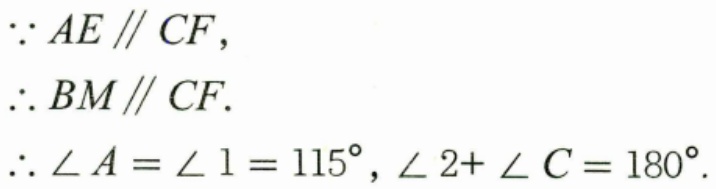
\(\because AE\parallel CF,\)
\(\therefore BM\parallel CF.\)
\(\therefore \angle A = \angle 1 = 115^{\circ},\angle 2+\angle C = 180^{\circ}.\)